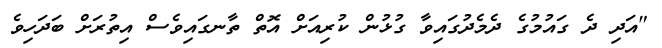
"އަދި ދެ ގައުމުގެ ދެމެދުގައިވާ ގުޅުން ކުރިއަށް އޮތް ތާނގައިވެސް އިތުރަށް ބަދަހިވެ